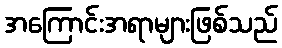
အကြောင်းအရာများဖြစ်သည်